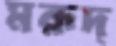
মরূদ্